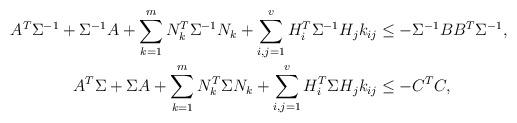
LaTeX: \begin{align*} A^T \Sigma^{-1}+\Sigma^{-1}A+\sum_{k=1}^m N_k^T \Sigma^{-1} N_k + \sum_{i, j=1}^v H_i^T \Sigma^{-1} H_j k_{i j} &\leq -\Sigma^{-1}BB^T \Sigma^{-1},\\ A^T \Sigma+\Sigma A+\sum_{k=1}^m N_k^T \Sigma N_k +\sum_{i, j=1}^v H_i^T \Sigma H_j k_{ij} &\leq -C^T C, \end{align*}